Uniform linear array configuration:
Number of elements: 12
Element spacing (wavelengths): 0.75
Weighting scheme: hamming
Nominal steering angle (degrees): -60
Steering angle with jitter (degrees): -60.795
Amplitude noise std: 0.05
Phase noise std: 0.05

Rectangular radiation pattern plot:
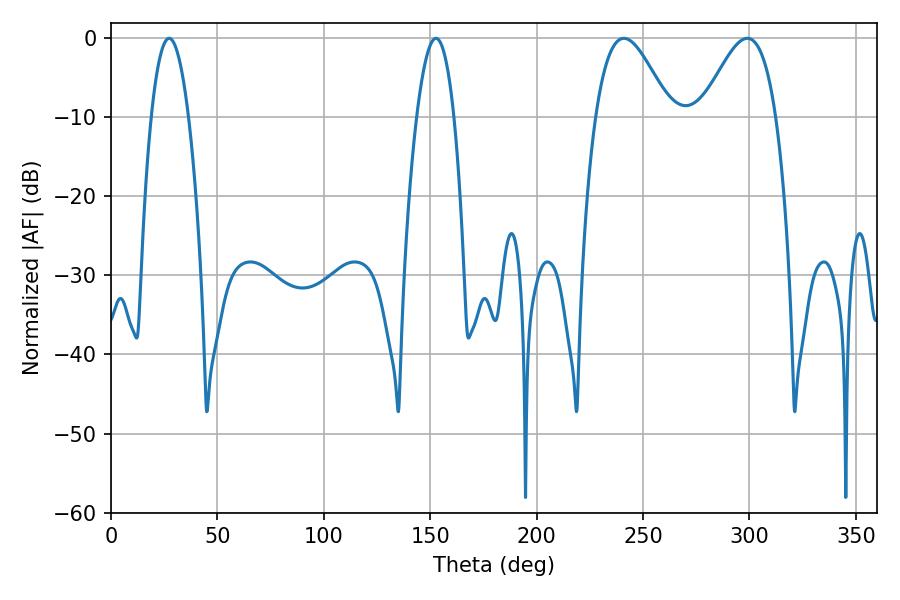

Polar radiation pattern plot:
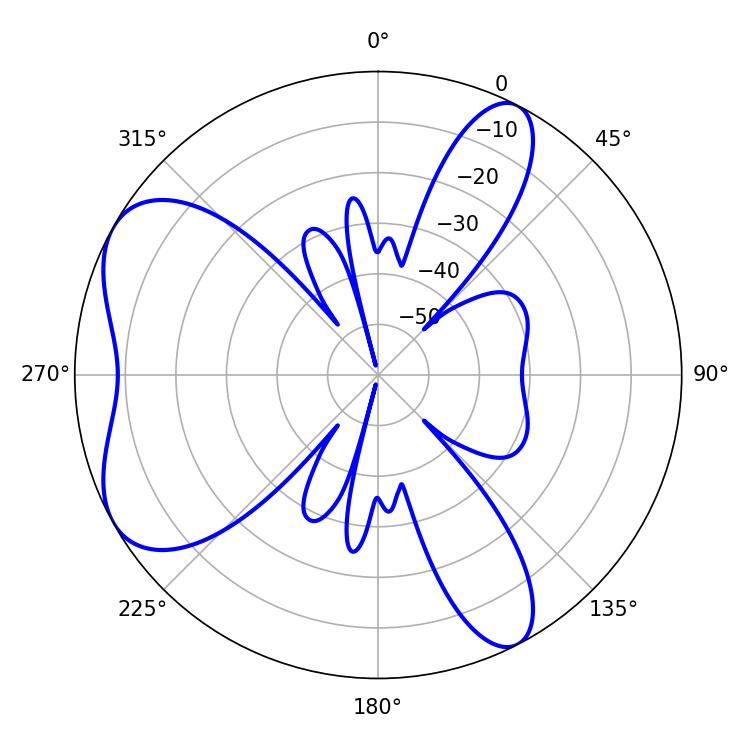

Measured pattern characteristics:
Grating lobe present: TRUE
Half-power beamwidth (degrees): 18.72
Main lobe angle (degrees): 241.02